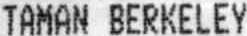
TAMAN BERKELEY